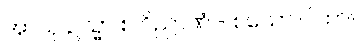
အာယု ဥသ္မာ စ ဝိညာဏံ - စသော ဂါထာ။